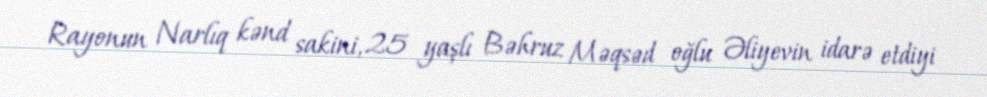
Rayonun Narlıq kənd sakini, 25 yaşlı Bəhruz Məqsəd oğlu Əliyevin idarə etdiyi